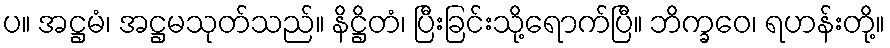
ပ။ အဋ္ဌမံ၊ အဋ္ဌမသုတ်သည်။ နိဋ္ဌိတံ၊ ပြီးခြင်းသို့ရောက်ပြီ။ ဘိက္ခဝေ၊ ရဟန်းတို့။